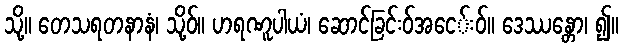
သို့။ တေသရတနာနံ၊ သို့ဝ်။ ဟရဏူပါယံ၊ ဆောင်ခြင်းဝ်အငေ်းဝ်။ ဒေဿန္တော၊ ၍။